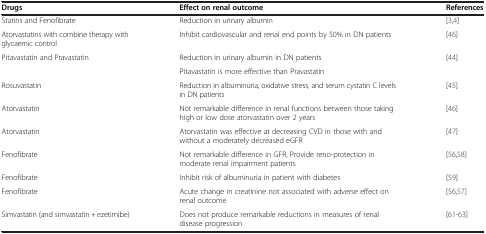
<table><thead><tr><td><b>Drugs</b></td><td><b>Effect on renal outcome</b></td><td><b>References</b></td></tr></thead><tbody><tr><td>Statins and Fenofibrate</td><td>Reduction in urinary albumin</td><td>[3,4]</td></tr><tr><td>Atorvastatins with combine therapy with glycaemic control</td><td>Inhibit cardiovascular and renal end points by 50% in DN patients</td><td>[46]</td></tr><tr><td rowspan="2">Pitavastatin and Pravastatin</td><td>Reduction in urinary albumin in DN patients</td><td rowspan="2">[44]</td></tr><tr><td>Pitavastatin is more effective than Pravastatin</td></tr><tr><td>Rosuvastatin</td><td>Reduction in albuminuria, oxidative stress, and serum cystatin C levels in DN patients</td><td>[45]</td></tr><tr><td>Atorvastatin</td><td>Not remarkable difference in renal functions between those taking high or low dose atorvastatin over 2 years</td><td>[46]</td></tr><tr><td>Atorvastatin</td><td>Atorvastatin was effective at decreasing CVD in those with and without a moderately decreased eGFR</td><td>[47]</td></tr><tr><td>Fenofibrate</td><td>Not remarkable difference in GFR, Provide reno-protection in moderate renal impairment patients</td><td>[56,58]</td></tr><tr><td>Fenofibrate</td><td>Inhibit risk of albuminuria in patient with diabetes</td><td>[59]</td></tr><tr><td>Fenofibrate</td><td>Acute change in creatinine not associated with adverse effect on renal outcome</td><td>[56,57]</td></tr><tr><td>Simvastatin (and simvastatin + ezetimibe)</td><td>Does not produce remarkable reductions in measures of renal disease progression</td><td>[61-63]</td></tr></tbody></table>